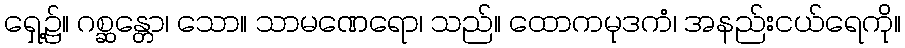
ရှေ့၌။ ဂစ္ဆန္တော၊ သော။ သာမဏေရော၊ သည်။ ထောကမုဒကံ၊ အနည်းငယ်ရေကို။